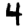
Digit: 4